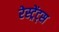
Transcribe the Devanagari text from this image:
रेस्ट्रेंट्स